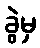
ခွဲမှ